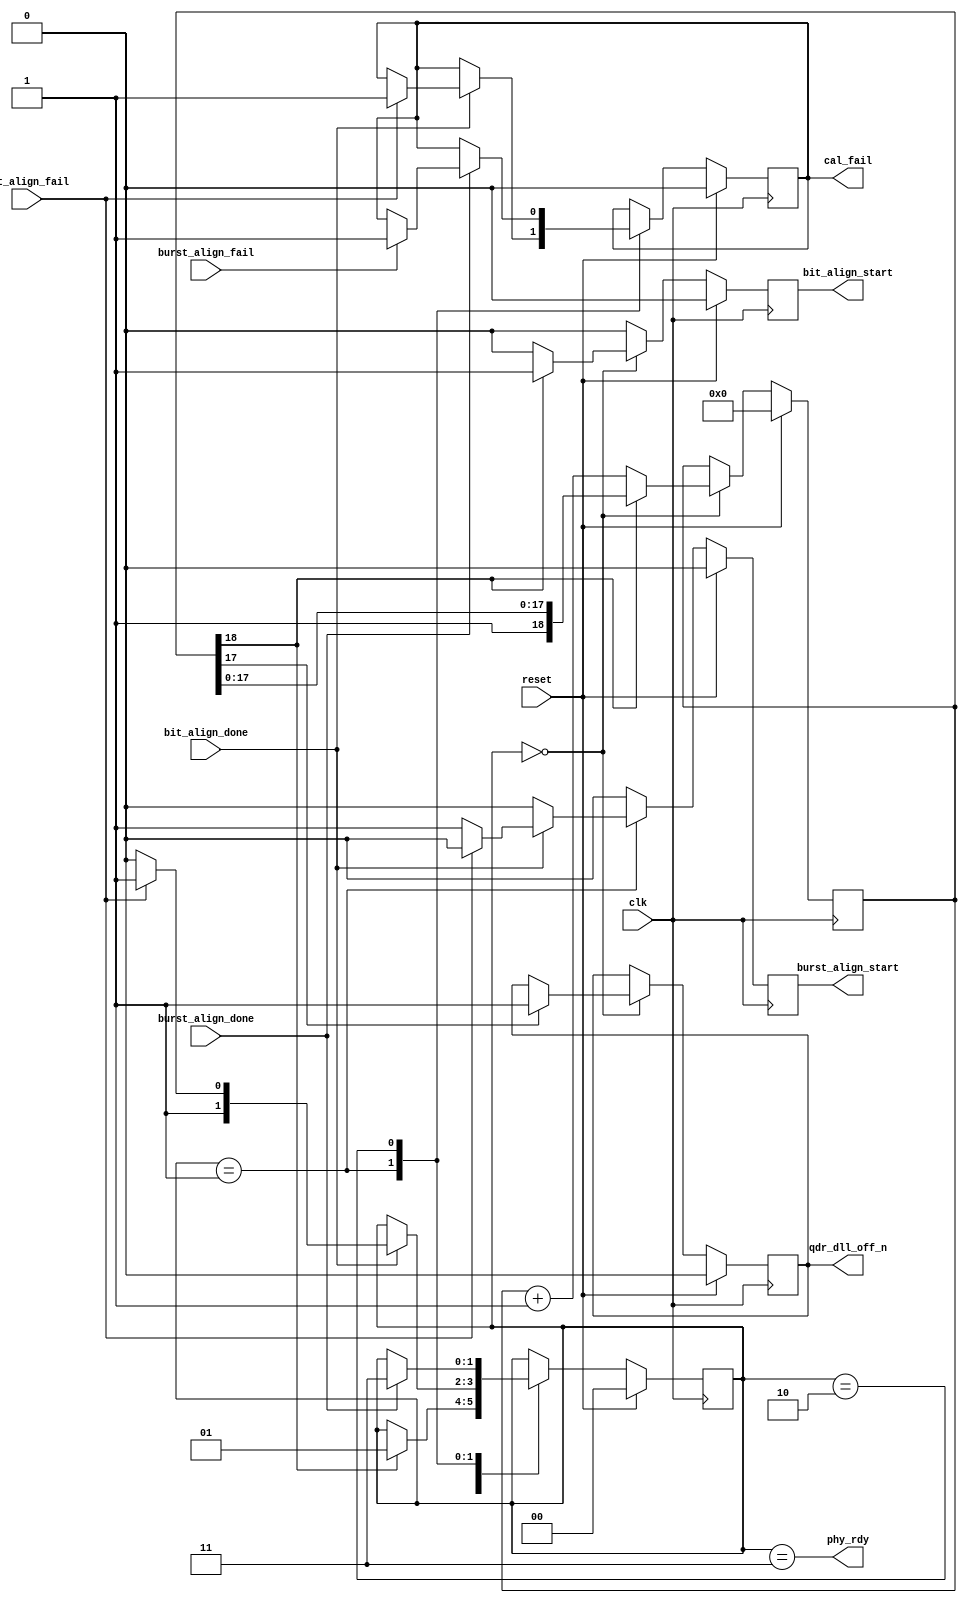
module qdrc_phy_sm(
    clk,
    reset,
    /* qdr_dll_off_n signal */
    qdr_dll_off_n,
    /* PHY status signals */
    phy_rdy,
    cal_fail,
    /* Bit and burst alignment signals */
    bit_align_start,
    bit_align_done,
    bit_align_fail,
    burst_align_start,
    burst_align_done,
    burst_align_fail
  );
  input  clk, reset;
  output qdr_dll_off_n;
  output phy_rdy, cal_fail;

  output bit_align_start;
  input  bit_align_done,   bit_align_fail;
  output burst_align_start;
  input  burst_align_done, burst_align_fail;

  reg [1:0] phy_state;

  localparam STATE_DLLOFF      = 2'd0;
  localparam STATE_BIT_ALIGN   = 2'd1;
  localparam STATE_BURST_ALIGN = 2'd2;
  localparam STATE_DONE        = 2'd3;

  reg [18:0] wait_counter;
  /* qdr_dll_off needs to be held high for 2048 cycle after reset is
   * released
   */

  reg bit_align_start, burst_align_start;
  reg cal_fail;

  reg qdr_dll_off_n_reg;
  assign qdr_dll_off_n = qdr_dll_off_n_reg;
  assign phy_rdy       = phy_state == STATE_DONE;

  always @(posedge clk) begin
    /* Single Cycle Strobes */
    bit_align_start   <= 1'b0;
    burst_align_start <= 1'b0;

    if (reset) begin
      cal_fail     <= 1'b0;
      wait_counter <= 14'b0;
      phy_state    <= STATE_DLLOFF;
      qdr_dll_off_n_reg <= 1'b0; //start with dlls disabled
    end else begin
      case (phy_state)
        STATE_DLLOFF: begin
          if (wait_counter[18] == 1'b1) begin
            phy_state    <= STATE_BIT_ALIGN;
            bit_align_start <= 1'b1;
          end else begin
            wait_counter <= wait_counter + 1;
          end
          if (wait_counter[17])
            qdr_dll_off_n_reg <= 1'b1; //enabled
        end
        STATE_BIT_ALIGN: begin
          if (bit_align_done) begin
            if (bit_align_fail) begin
              cal_fail  <= 1'b1;
              phy_state <= STATE_DONE;
            end else begin
              phy_state <= STATE_BURST_ALIGN;
              burst_align_start <= 1'b1;
            end
          end
        end
        STATE_BURST_ALIGN: begin
          if (burst_align_done) begin
            if (burst_align_fail) begin
              cal_fail <= 1'b1;
            end
            phy_state <= STATE_DONE;
          end
        end
        STATE_DONE: begin
        end
      endcase
    end
  end

endmodule